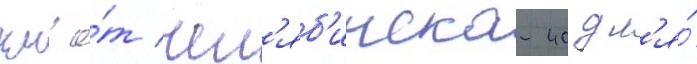
км о́т чел'яб'инска-40 дл'я́